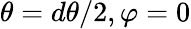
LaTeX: \theta=d\theta/2,\varphi=0